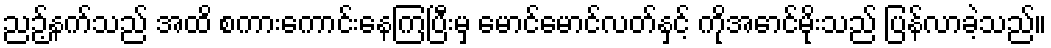
ညဉ့်နက်သည် အထိ စကားကောင်းနေကြပြီးမှ မောင်မောင်လတ်နှင့် ကိုအောင်မိုးသည် ပြန်လာခဲ့သည်။